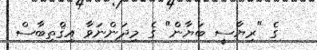
ގެ "ރިޔާސީ ބަޔާން" ގެ މިދަންނަވާ އިޤްތިބާސް